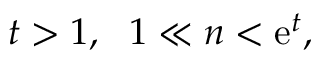
t > 1 , \ \ 1 \ll n < \mathrm { e } ^ { t } ,